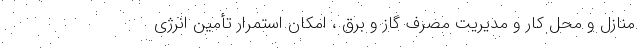
منازل و محل کار و مدیریت مصرف گاز و برق ،‌ امکان استمرار تأمین انرژی